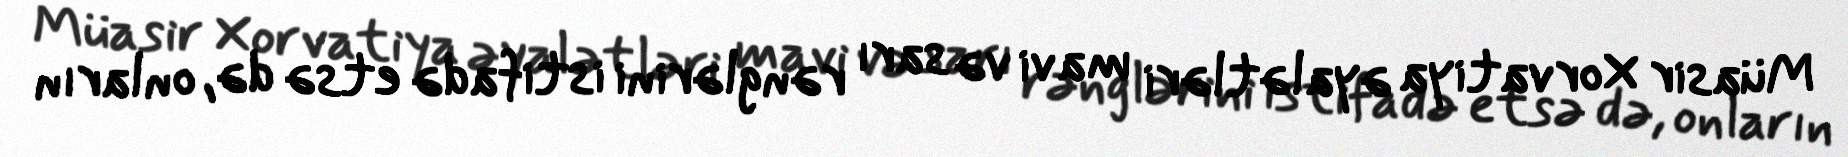
Müasir Xorvatiya əyalətləri mavi və sarı rənglərini istifadə etsə də, onların